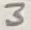
Text: 3